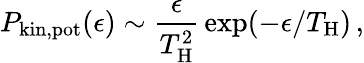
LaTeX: P_{\mathrm{kin,pot}}(\epsilon)\sim{\frac{\epsilon}{T_{\mathrm{H}}^{2}}}\exp(-\epsilon/T_{\mathrm{H}})\, ,